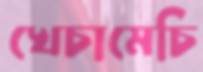
খেচামেচি